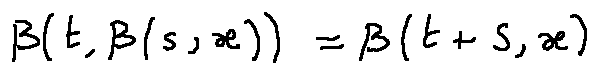
\beta ( t , \beta ( s , x ) ) = \beta ( t + s , x )